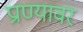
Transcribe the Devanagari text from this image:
प्राण्यावर